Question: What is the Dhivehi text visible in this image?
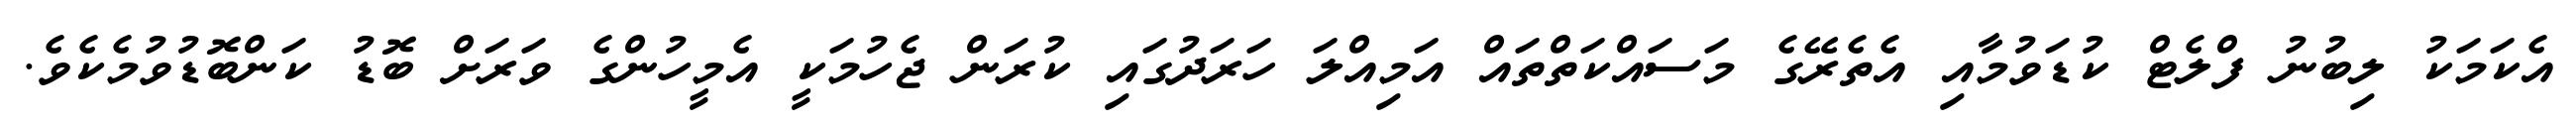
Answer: އެކަމަކު ލިބުނު ފްލެޓް ކުޑަވުމާއި އެތެރޭގެ މަސައްކަތްތައް އަމިއްލަ ހަރަދުގައި ކުރަން ޖެހުމަކީ އެމީހުންގެ ވަރަށް ބޮޑު ކަންބޮޑުވުމެކެވެ.